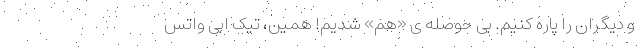
و دیگران را پاره کنیم. بی حوصله ی «هَم» شُدیم! همین، تیکِ ابی واتس